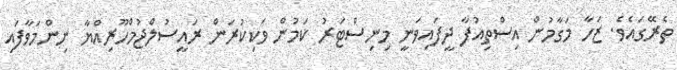
ތެރޭގައެވެ. ޒަހާ މަގާމުން އިސްތިއުފާ ދީފައިވަނީ މިނިސްޓަރު ކަމުން ވަކިކުރަން ރައީސުލްޖުމްހޫރިއްޔާ ނިންމަވާފައި